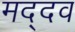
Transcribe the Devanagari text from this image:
मद्दव